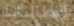
الطالبات